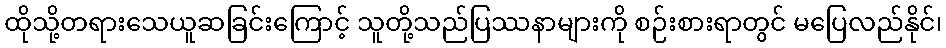
ထိုသို့တရားသေယူဆခြင်းကြောင့် သူတို့သည်ပြဿနာများကို စဉ်းစားရာတွင် မပြေလည်နိုင်၊